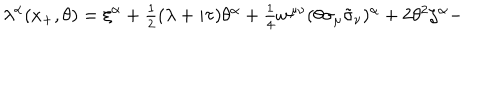
LaTeX: \lambda ^ { \alpha } ( x _ { + } , \theta ) = \xi ^ { \alpha } + \textstyle { \frac { 1 } { 2 } } ( \lambda + i \tau ) \theta ^ { \alpha } + \textstyle { \frac { 1 } { 4 } } w ^ { \mu \nu } ( \theta \sigma _ { \mu } \tilde { \sigma } _ { \nu } ) ^ { \alpha } + 2 \theta ^ { 2 } \zeta ^ { \alpha } -